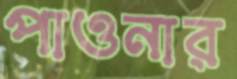
পাওনার